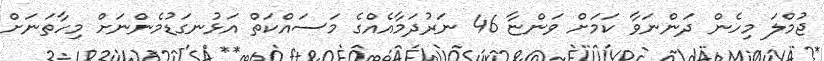
ޖުމްލަ މިހެން ދަންނަވާ ކަމަށް ވަންޏާ 46 ނަރުދަމާއެއްގެ މަސައްކަތް އަޅުނގަޑުމެންނަށް މިހާތަނަށް